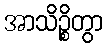
အာသိဉ္စိတွာ